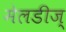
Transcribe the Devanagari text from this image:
मेलडीज्